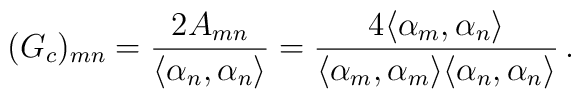
(G_c)_{mn}={2A_{mn}\over\langle\alpha_n,\alpha_n\rangle}=\frac{4\langle\alpha_m,\alpha_n\rangle} {\langle\alpha_m,\alpha_m\rangle\langle\alpha_n,\alpha_n\rangle}\, .